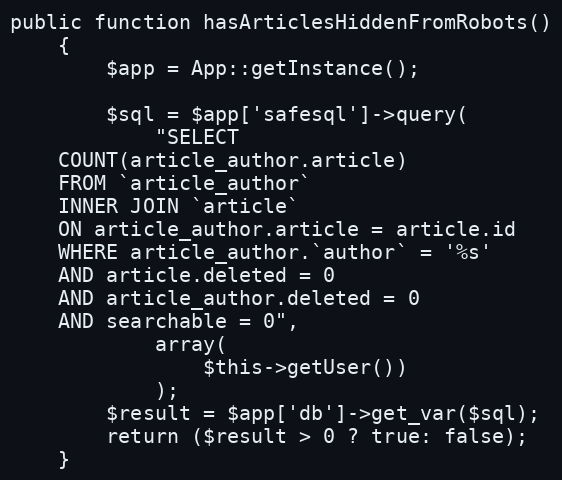
Language: PHP
public function hasArticlesHiddenFromRobots()
    {
        $app = App::getInstance();

        $sql = $app['safesql']->query(
            "SELECT
    COUNT(article_author.article)
    FROM `article_author`
    INNER JOIN `article`
    ON article_author.article = article.id
    WHERE article_author.`author` = '%s'
    AND article.deleted = 0
    AND article_author.deleted = 0
    AND searchable = 0",
            array(
                $this->getUser())
            );
        $result = $app['db']->get_var($sql);
        return ($result > 0 ? true: false);
    }